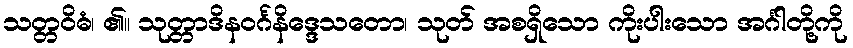
သတ္တဝိဓံ၊ ၏။ သုတ္တာဒိနဝင်္ဂနိဒ္ဒေသတော၊ သုတ် အစရှိသော ကိုးပါးသော အင်္ဂါတို့ကို